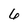
Character: 6